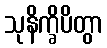
သုနိက္ခိပိတွာ